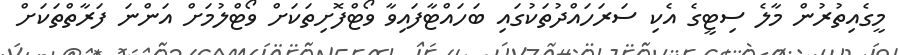
މީގެއިތުރުން މާލެ ސިޓީގެ އެކި ސަރަހައްދުތަކުގައި ބަހައްޓާފައިވާ ވޯޓްފޮށިތަކަށް ވޯޓްލުމަށް އަންނަ ފަރާތްތަކަށް